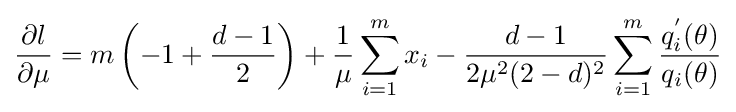
{\frac {\partial l}{\partial \mu }}=m\left(-1+{\frac {d-1}{2}}\right)+{\frac {1}{\mu }}\sum _{i=1}^{m}x_{i}-{\frac {d-1}{2\mu ^{2}(2-d)^{2}}}\sum _{i=1}^{m}{\frac {q_{i}^{'}(\theta )}{q_{i}(\theta )}}